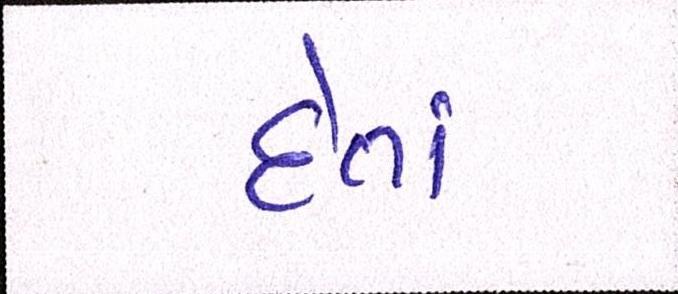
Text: દેતાં